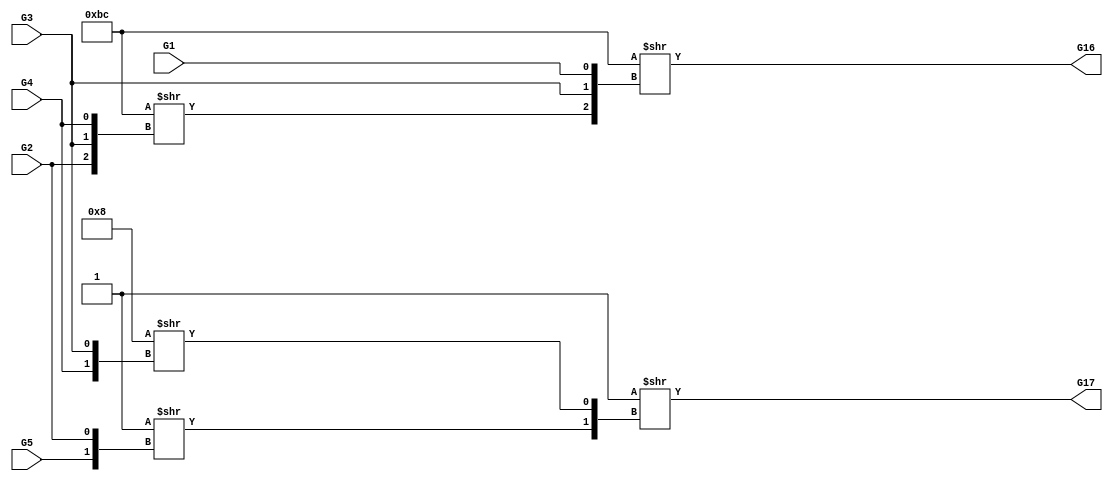
/* Generated by Yosys 0.9 (git sha1 1979e0b) */

(* src = "designs/c17.v:1" *)
module c17(G1, G16, G17, G2, G3, G4, G5);
  wire _00_;
  wire _01_;
  wire _02_;
  wire _03_;
  (* src = "designs/c17.v:2" *)
  wire _04_;
  (* src = "designs/c17.v:3" *)
  wire _05_;
  (* src = "designs/c17.v:3" *)
  wire _06_;
  (* src = "designs/c17.v:2" *)
  wire _07_;
  (* src = "designs/c17.v:2" *)
  wire _08_;
  (* src = "designs/c17.v:2" *)
  wire _09_;
  (* src = "designs/c17.v:2" *)
  wire _10_;
  wire _11_;
  wire _12_;
  wire _13_;
  (* src = "designs/c17.v:2" *)
  input G1;
  (* src = "designs/c17.v:3" *)
  output G16;
  (* src = "designs/c17.v:3" *)
  output G17;
  (* src = "designs/c17.v:2" *)
  input G2;
  (* src = "designs/c17.v:2" *)
  input G3;
  (* src = "designs/c17.v:2" *)
  input G4;
  (* src = "designs/c17.v:2" *)
  input G5;
  assign _11_ = 4'h8 >> { _09_, _08_ };
  assign _06_ = 4'h1 >> { _12_, _11_ };
  assign _12_ = 4'h1 >> { _10_, _07_ };
  assign _13_ = 8'hbc >> { _07_, _08_, _09_ };
  assign _05_ = 8'hbc >> { _13_, _08_, _04_ };
  assign _07_ = G2;
  assign _08_ = G3;
  assign _04_ = G1;
  assign _09_ = G4;
  assign G16 = _05_;
  assign _10_ = G5;
  assign G17 = _06_;
endmodule